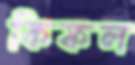
কিফল